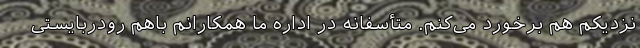
نزدیکم هم برخورد می‌کنم. متأسفانه در اداره ما همکارانم باهم رودربایستی